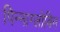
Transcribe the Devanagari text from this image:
पिन्नाग्लोबिन